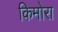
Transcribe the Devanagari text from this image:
किमोरा